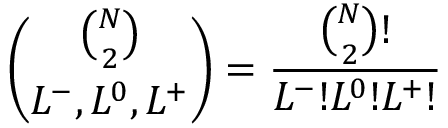
\binom { \binom { N } { 2 } } { L ^ { - } , L ^ { 0 } , L ^ { + } } = \frac { \binom { N } { 2 } ! } { L ^ { - } ! L ^ { 0 } ! L ^ { + } ! }